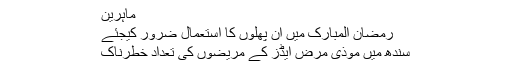
ماہرین
رمضان المبارک میں ان پھلوں کا استعمال ضرور کیجئے
سندھ میں موذی مرض ایڈز کے مریضوں کی تعداد خطرناک